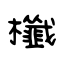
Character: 櫼